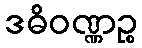
ဒဓိဝဏ္ဏဉ္စ